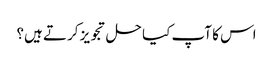
اس کا آپ کیا حل تجویز کرتے ہیں؟